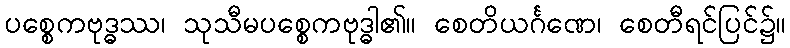
ပစ္စေကဗုဒ္ဓဿ၊ သုသီမပစ္စေကဗုဒ္ဓါ၏။ စေတိယင်္ဂဏေ၊ စေတီရင်ပြင်၌။